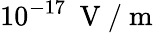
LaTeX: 10^{-17}\: \mathrm{~V~}/\mathrm{~m~}